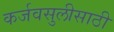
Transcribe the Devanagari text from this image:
कर्जवसुलीसाठी